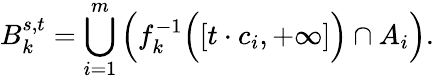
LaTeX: B_{k}^{s,t}=\bigcup_{i=1}^{m}{\Bigl(}f_{k}^{-1}{\Bigl(}[t\cdot c_{i},+\infty]{\Bigr)}\cap A_{i}{\Bigr)}.